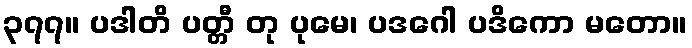
၃၇၇။ ပဒါတိ ပတ္တီ တု ပုမေ၊ ပဒဂေါ ပဒိကော မတော။